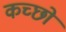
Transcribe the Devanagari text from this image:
कच्छों